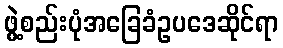
ဖွဲ့စည်းပုံအခြေခံဥပဒေဆိုင်ရာ